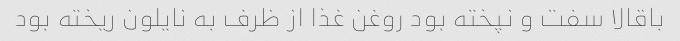
باقالا سفت و نپخته بود روغن غذا از ظرف به نایلون ریخته بود